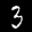
Label: 3